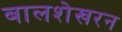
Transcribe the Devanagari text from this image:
बालशेखरन